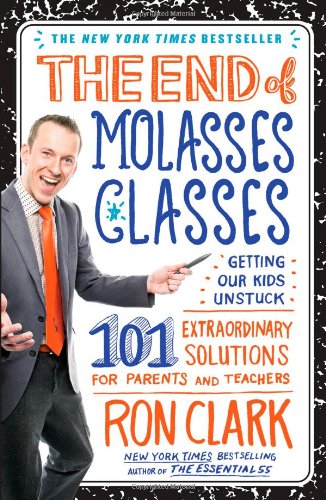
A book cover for The End of Molasses Classes: Getting Our Kids Unstuck--101 Extraordinary Solutions for Parents and Teachers (Touchstone Book); Ron Clark; Education & Teaching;